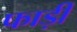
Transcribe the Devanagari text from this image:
फाड़ी